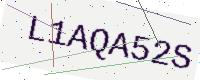
Text: L1AQA52S